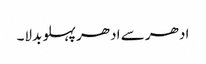
ادھر سے ادھر پہلو بدلا۔